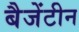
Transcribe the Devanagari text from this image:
बैजेंटीन